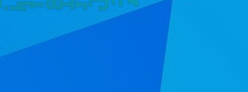
محل بيع الزهور والأزهار ا